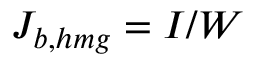
J _ { b , h m g } = I / W